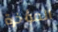
المؤخرة